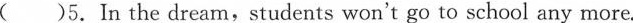
( )5.In the dream,students won't go to school any more.